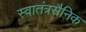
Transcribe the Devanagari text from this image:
स्वातंत्रसैनिक